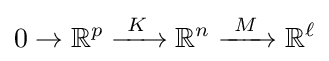
0\to \mathbb {R} ^{p}\xrightarrow {\ K\ } \mathbb {R} ^{n}\xrightarrow {\ M\ } \mathbb {R} ^{\ell }